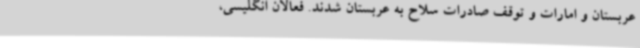
عربستان و امارات و توقف صادرات سلاح به عربستان شدند. فعالان انگلیسی،